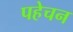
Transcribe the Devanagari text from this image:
पहेचन